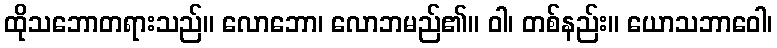
ထိုသဘောတရားသည်။ လောဘော၊ လောဘမည်၏။ ဝါ၊ တစ်နည်း။ ယောသဘာဝေါ၊